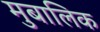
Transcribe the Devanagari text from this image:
मुबालिक